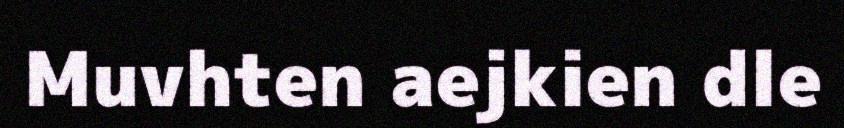
Muvhten aejkien dle